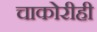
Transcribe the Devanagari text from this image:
चाकोरीही